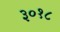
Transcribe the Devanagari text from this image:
३०१८